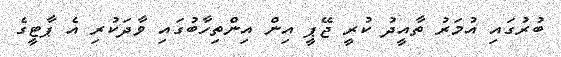
ބުރުގައި އުމަރު ތާއީދު ކުރީ ޖޭޕީ އިން އިންތިހާބުގައި ވާދަކުރި އެ ޕާޓީގެ